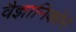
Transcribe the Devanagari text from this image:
वैज्ञानिकोंने